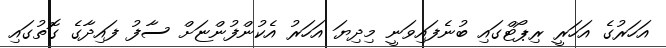
އަހަރުގެ އަހަރީ ރިޕޯޓްގައި ބުނެފައިވަނީ މިދިޔަ އަހަރު އެކުންފުންޏަށް ސާފު ފައިދާގެ ގޮތުގައި